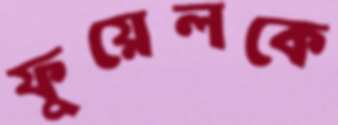
ফুয়েলকে